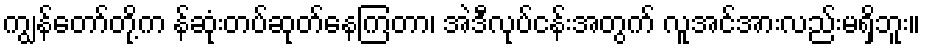
ကျွန်တော်တို့က န်ဆုံးတပ်ဆုတ်နေကြတာ၊ အဲဒီလုပ်ငန်းအတွက် လူအင်အားလည်းမရှိဘူး။